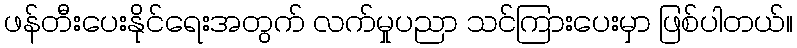
ဖန်တီးပေးနိုင်ရေးအတွက် လက်မှုပညာ သင်ကြားပေးမှာ ဖြစ်ပါတယ်။